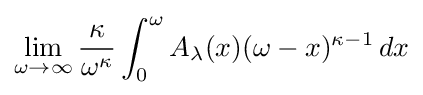
\lim _{\omega \rightarrow \infty }{\frac {\kappa }{\omega ^{\kappa }}}\int _{0}^{\omega }A_{\lambda }(x)(\omega -x)^{\kappa -1}\,dx